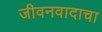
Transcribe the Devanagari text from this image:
जीवनवादाचा